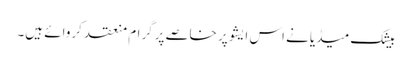
بیشک میڈیا نے اس ایشو پر خاصے پرگرام منعقد کروائے ہیں۔